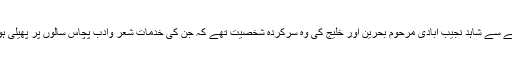
اس حوالے سے شاہد نجیب آبادی مرحوم بحرین اور خلیج کی وہ سرکردہ شخصیت تھے کہ جن کی خدمات شعر وادب پچاس سالوں پر پھیلی ہوئی ہے۔